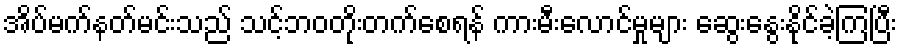
အိပ်မက်နတ်မင်းသည် သင့်ဘဝတိုးတက်စေရန် ကားမီးလောင်မှုများ ဆွေးနွေးနိုင်ခဲ့ကြပြီး